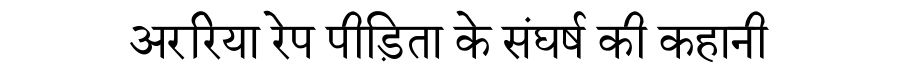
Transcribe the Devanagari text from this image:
अररिया रेप पीड़िता के संघर्ष की कहानी